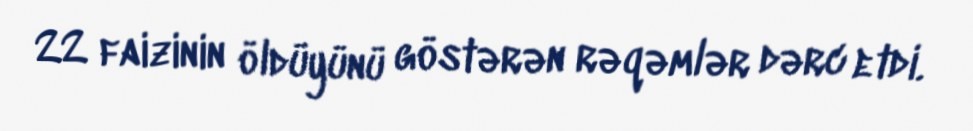
22 faizinin öldüyünü göstərən rəqəmlər dərc etdi.